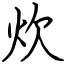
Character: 炊